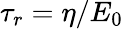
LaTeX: \tau_{r}=\eta/E_{0}